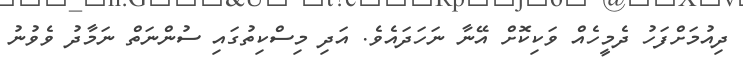
ދިއުމަށްފަހު ދެމީހެއް ވަކިކޮށް އޭނާ ނަހަދައެވެ. އަދި މިސްކިތުގައި ސުންނަތް ނަމާދު ވެވުނު